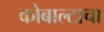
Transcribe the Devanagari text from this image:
कोबाल्टाचा